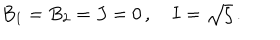
LaTeX: B _ { 1 } = B _ { 2 } = J = 0 \, , \quad I = \sqrt { \zeta } \, .